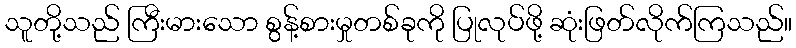
သူတို့သည် ကြီးမားသော စွန့်စားမှုတစ်ခုကို ပြုလုပ်ဖို့ ဆုံးဖြတ်လိုက်ကြသည်။